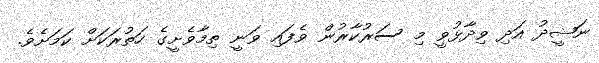
ނަޝީދު އަދި ވިދާޅުވީ މި ސަރުކާރުން ވެފައި ވަނީ ތިމާވެށީގެ ހަތުރަކަށް ކަމަށެވެ.